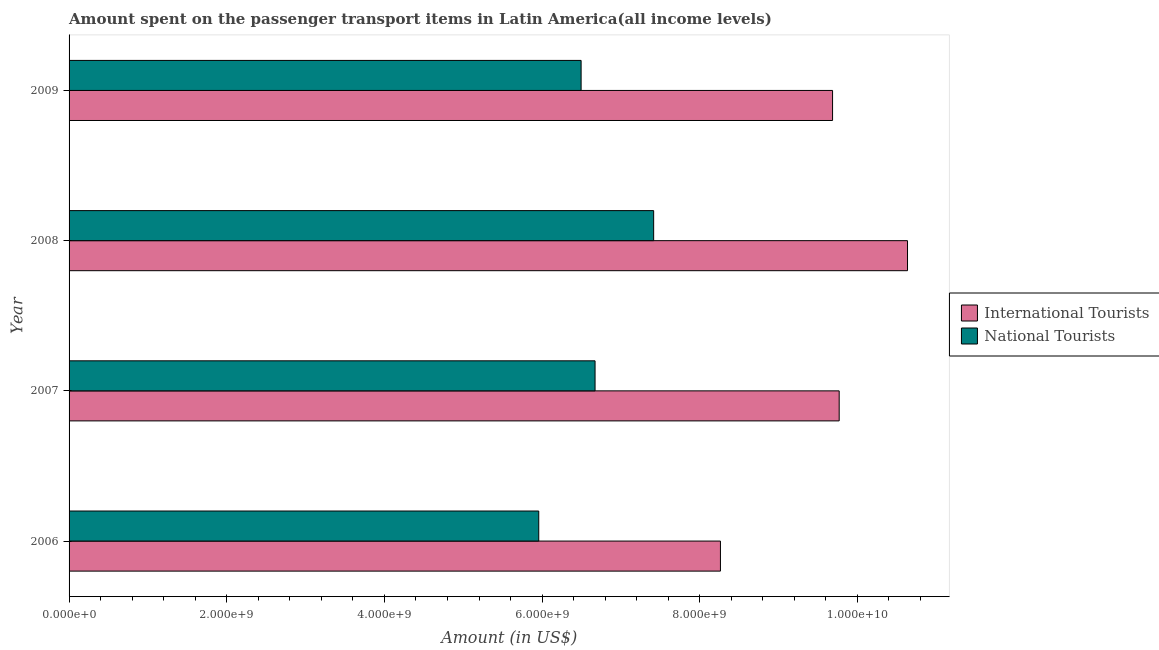
| Year | International Tourists | National Tourists |
 | --- | --- | --- |
 | 2006 | 8.26e+09 | 5.96e+09 |
 | 2007 | 9.77e+09 | 6.67e+09 |
 | 2008 | 1.06e+10 | 7.41e+09 |
 | 2009 | 9.68e+09 | 6.49e+09 |